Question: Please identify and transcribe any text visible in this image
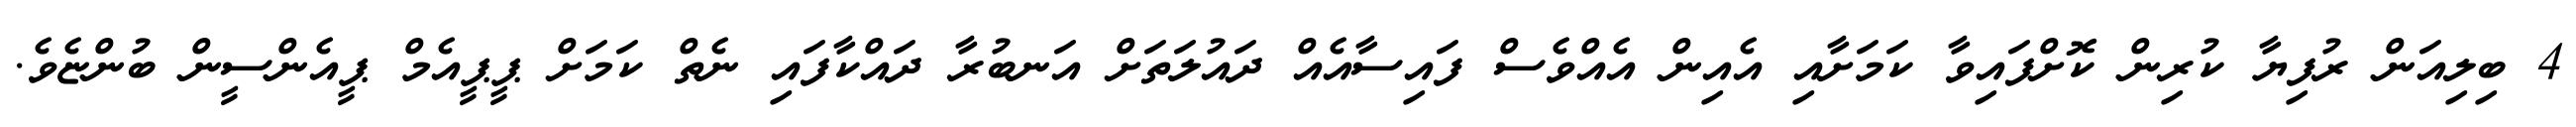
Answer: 4 ބިލިއަން ރުފިޔާ ކުރިން ކޮށްފައިވާ ކަމަށާއި އެއިން އެއްވެސް ފައިސާއެއް ދައުލަތަށް އަނބުރާ ދައްކާފައި ނެތް ކަމަށް ޕީޕީއެމް ޕީއެންސީން ބުންޏެވެ.